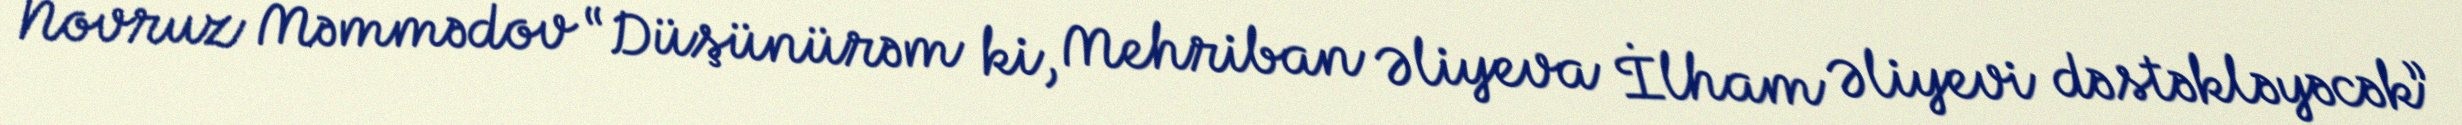
Novruz Məmmədov “Düşünürəm ki, Mehriban Əliyeva İlham Əliyevi dəstəkləyəcək”